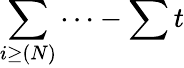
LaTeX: \sum\limits_{i\geq(N)}\cdots-\sum t